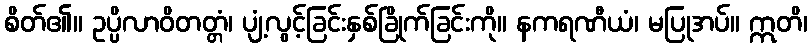
စိတ်၏။ ဥပ္ပိလာဝိတတ္တံ၊ ပျံ့လွင့်ခြင်းနှစ်ခြိုက်ခြင်းကို။ နကရဏီယံ၊ မပြုအပ်။ ဣတိ၊